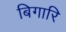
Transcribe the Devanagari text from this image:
बिगारि